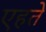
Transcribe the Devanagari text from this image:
एहते